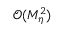
\mathcal { O } ( M _ { \eta } ^ { 2 } )